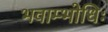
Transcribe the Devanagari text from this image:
भवाम्भोधिः